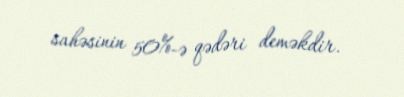
sahəsinin 50%-ə qədəri deməkdir.